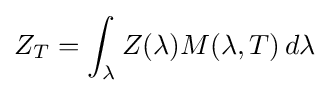
Z_{T}=\int _{\lambda }Z(\lambda )M(\lambda ,T)\,d\lambda